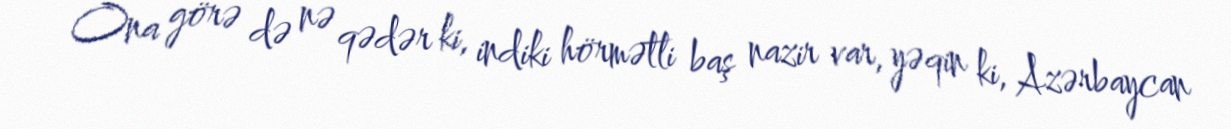
Ona görə də nə qədər ki, indiki hörmətli baş nazir var, yəqin ki, Azərbaycan